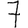
Digit: 7